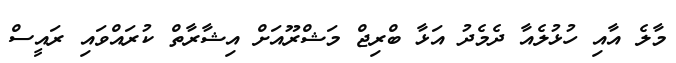
މާލެ އާއި ހުޅުލެއާ ދެމެދު އަޅާ ބްރިޖް މަޝްރޫއަށް އިޝާރާތް ކުރައްވައި ރައީސް